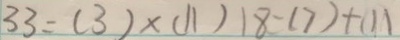
3 3 = ( 3 ) \times ( 1 1 ) 1 8 - ( 7 ) + ( 1 1